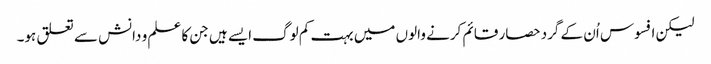
لیکن افسوس اُن کے گرد حصار قائم کرنے والوں میں بہت کم لوگ ایسے ہیں جن کا علم و دانش سے تعلق ہو۔